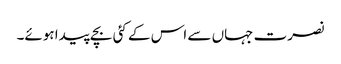
نصرت جہاں سے اس کے کئی بچے پیدا ہوئے۔